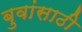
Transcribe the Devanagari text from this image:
बुवांसाठी